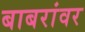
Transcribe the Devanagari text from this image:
बाबरांवर